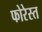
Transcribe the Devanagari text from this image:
फोरेस्त